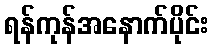
ရန်ကုန်အနောက်ပိုင်း